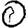
Digit: 0